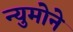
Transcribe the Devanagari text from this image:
न्युमोने